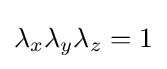
\lambda _{x}\lambda _{y}\lambda _{z}=1